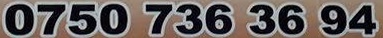
0750 736 36 94